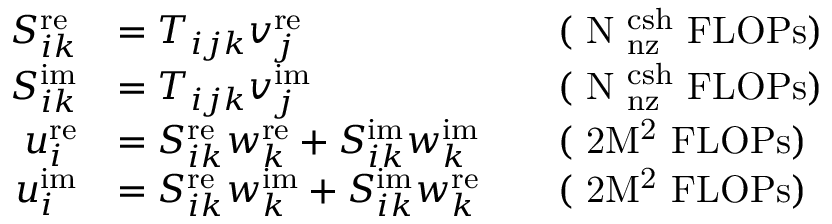
\begin{array} { r l r l } { S _ { i k } ^ { \mathrm { r e } } } & { = T _ { i j k } v _ { j } ^ { \mathrm { r e } } } & & { \mathrm { ( ~ N _ \mathrm { ~ n z } ^ \mathrm { ~ c s h } ~ F L O P s ) } } \\ { S _ { i k } ^ { \mathrm { i m } } } & { = T _ { i j k } v _ { j } ^ { \mathrm { i m } } } & & { \mathrm { ( ~ N _ \mathrm { ~ n z } ^ \mathrm { ~ c s h } ~ F L O P s ) } } \\ { u _ { i } ^ { \mathrm { r e } } } & { = S _ { i k } ^ { \mathrm { r e } } w _ { k } ^ { \mathrm { r e } } + S _ { i k } ^ { \mathrm { i m } } w _ { k } ^ { \mathrm { i m } } } & & { \mathrm { ( ~ 2 M ^ 2 ~ F L O P s ) } } \\ { u _ { i } ^ { \mathrm { i m } } } & { = S _ { i k } ^ { \mathrm { r e } } w _ { k } ^ { \mathrm { i m } } + S _ { i k } ^ { \mathrm { i m } } w _ { k } ^ { \mathrm { r e } } } & & { \mathrm { ( ~ 2 M ^ 2 ~ F L O P s ) } } \end{array}